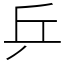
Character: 乒